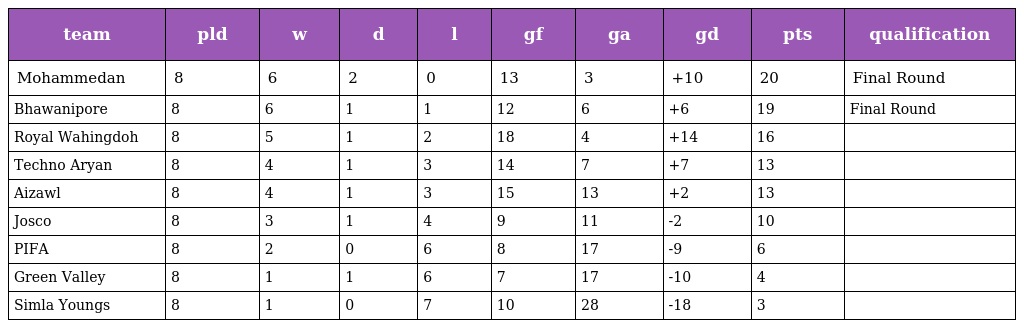
| team | pld | w | d | l | gf | ga | gd | pts | qualification |
 | --- | --- | --- | --- | --- | --- | --- | --- | --- | --- |
 | Mohammedan | 8 | 6 | 2 | 0 | 13 | 3 | +10 | 20 | Final Round |
 | Bhawanipore | 8 | 6 | 1 | 1 | 12 | 6 | +6 | 19 | Final Round |
 | Royal Wahingdoh | 8 | 5 | 1 | 2 | 18 | 4 | +14 | 16 |  |
 | Techno Aryan | 8 | 4 | 1 | 3 | 14 | 7 | +7 | 13 |  |
 | Aizawl | 8 | 4 | 1 | 3 | 15 | 13 | +2 | 13 |  |
 | Josco | 8 | 3 | 1 | 4 | 9 | 11 | -2 | 10 |  |
 | PIFA | 8 | 2 | 0 | 6 | 8 | 17 | -9 | 6 |  |
 | Green Valley | 8 | 1 | 1 | 6 | 7 | 17 | -10 | 4 |  |
 | Simla Youngs | 8 | 1 | 0 | 7 | 10 | 28 | -18 | 3 |  |